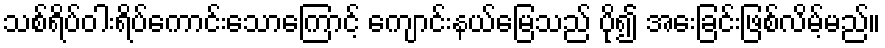
သစ်ရိပ်ဝါးရိပ်ကောင်းသောကြောင့် ကျောင်းနယ်မြေသည် ပို၍ အေးခြင်းဖြစ်လိမ့်မည်။